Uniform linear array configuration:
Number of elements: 64
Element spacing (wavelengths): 0.75
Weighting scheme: kaiser
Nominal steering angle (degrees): -15
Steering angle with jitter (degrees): -15.55
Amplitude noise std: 0.05
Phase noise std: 0.05

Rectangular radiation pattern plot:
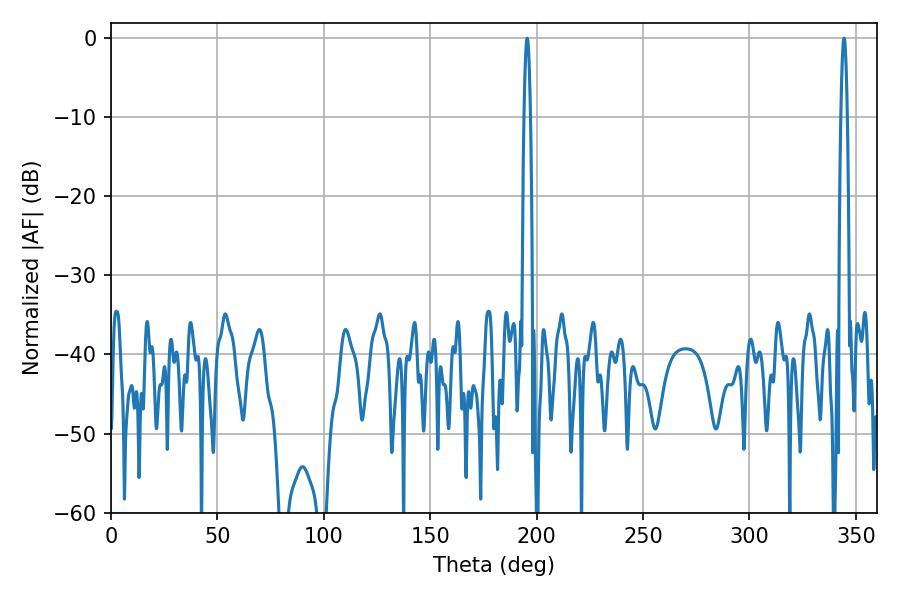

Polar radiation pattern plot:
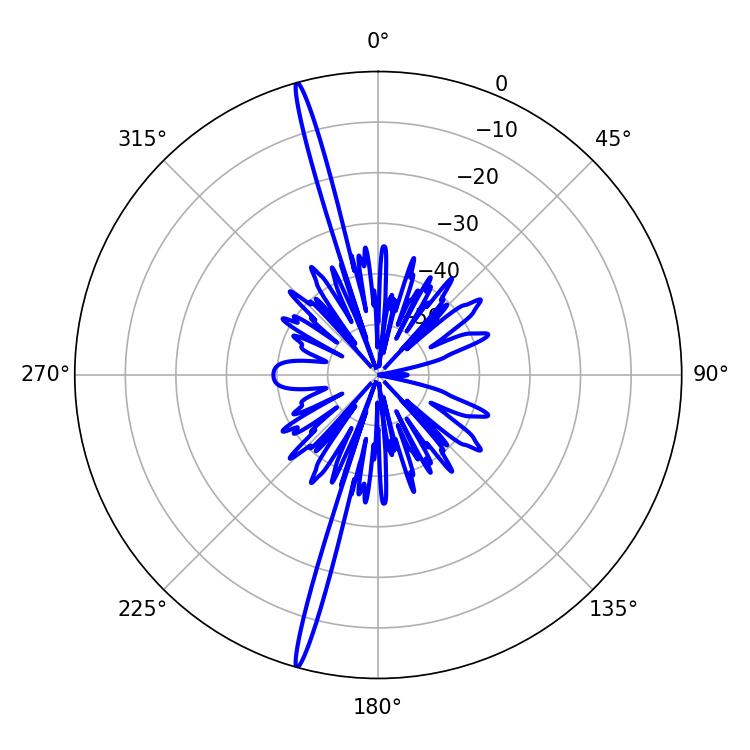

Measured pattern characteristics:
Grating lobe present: TRUE
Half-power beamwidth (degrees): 1.62
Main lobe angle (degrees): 344.52